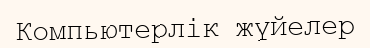
Компьютерлік жүйелер